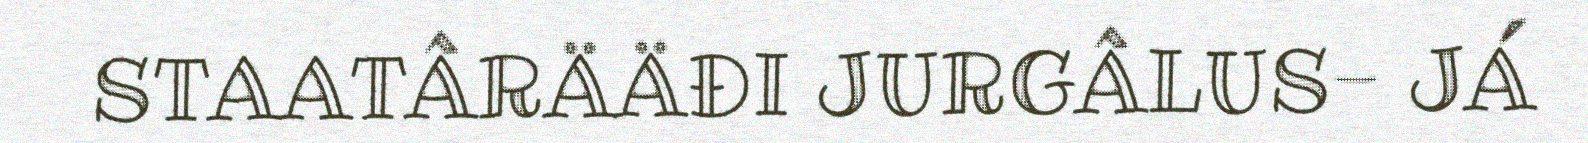
STAATÂRÄÄĐI JURGÂLUS- JÁ